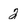
Character: 2